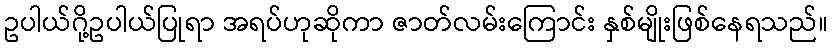
ဥပါယ်ဂို့ဥပါယ်ပြုရာ အရပ်ဟုဆိုကာ ဇာတ်လမ်းကြောင်း နှစ်မျိုးဖြစ်နေရသည်။